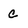
Character: c